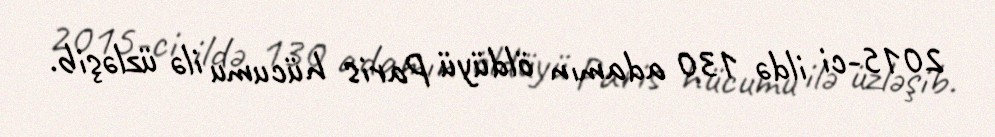
2015-ci ildə 130 adamın öldüyü Paris hücumu ilə üzləşib.